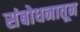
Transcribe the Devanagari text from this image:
संबोधनातून